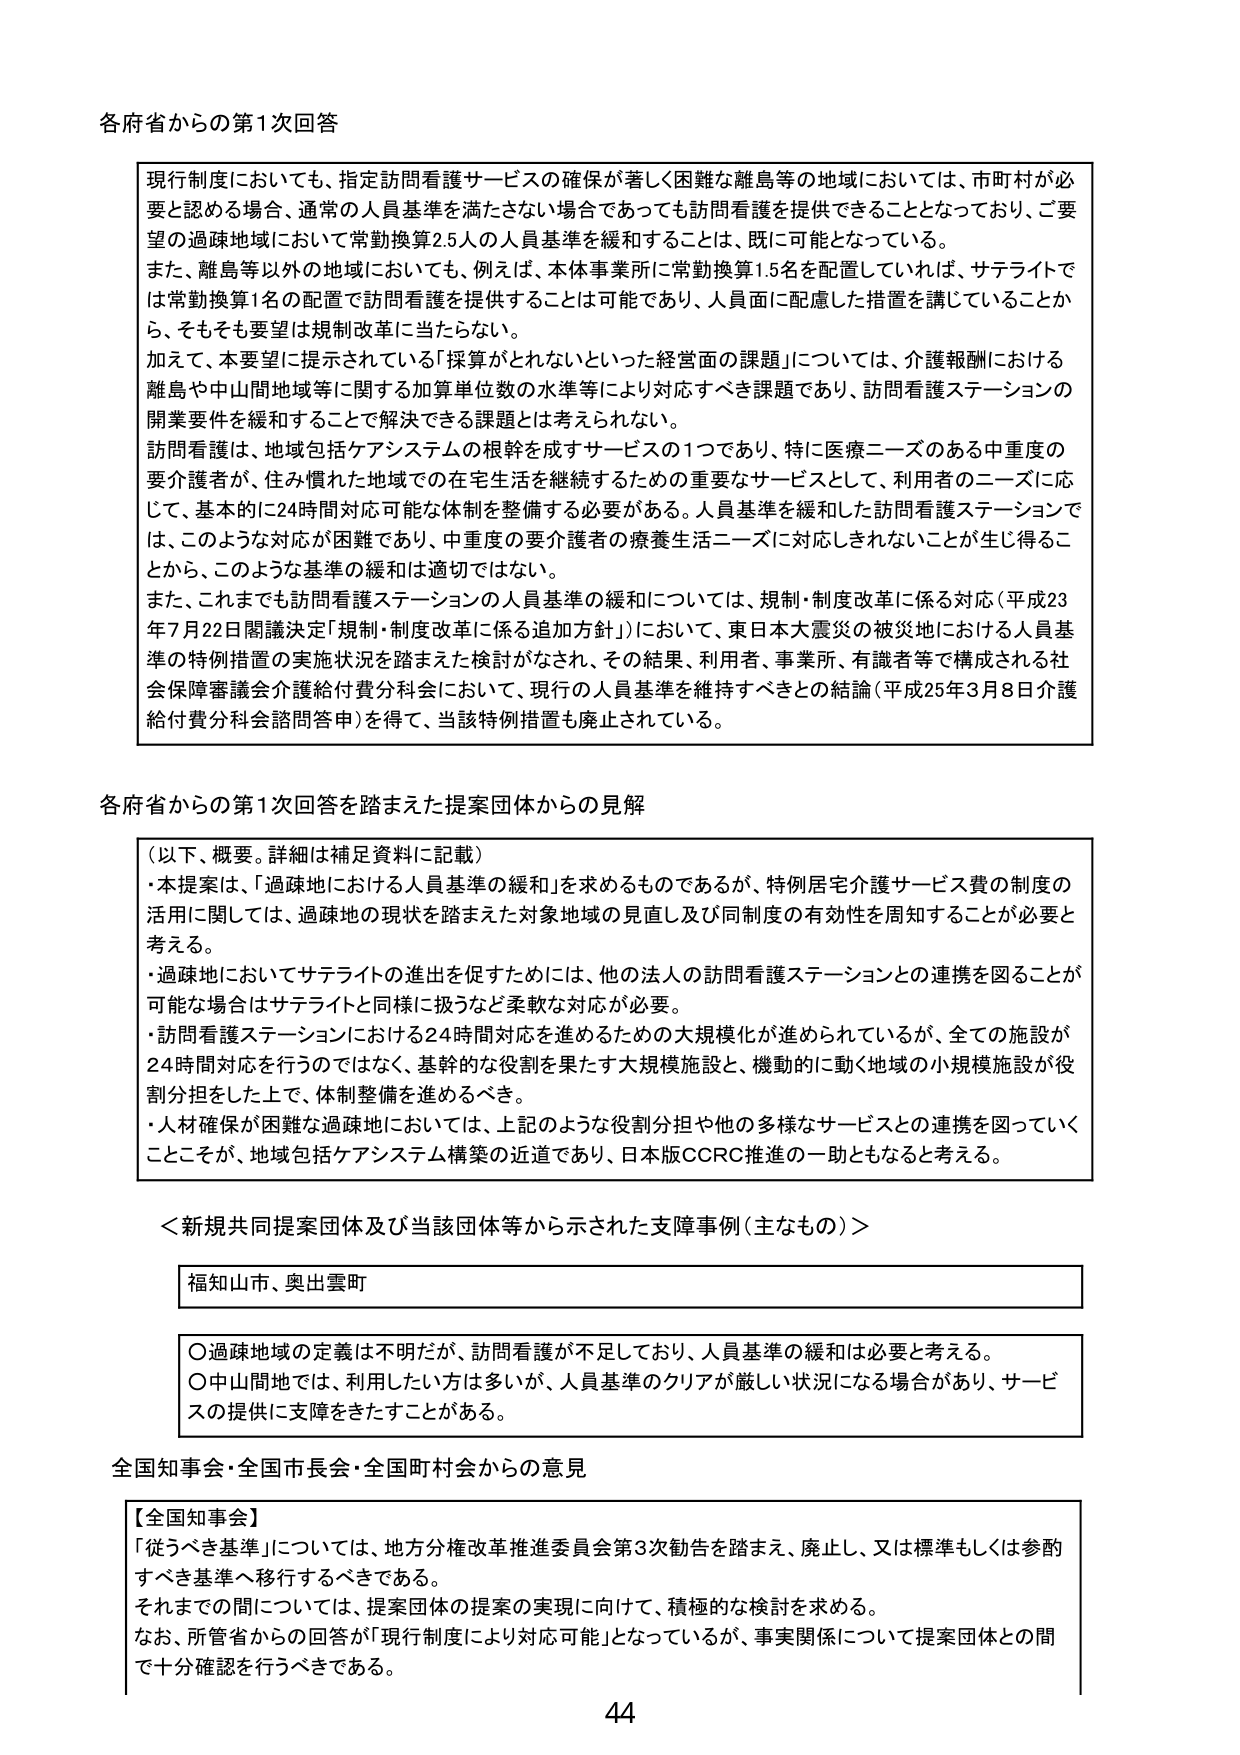
各府省からの第1次回答

現行制度においても、指定訪問看護サービスの確保が著しく困難な離島等の地域においては、市町村が必要と認める場合、通常の人員基準を満たさない場合であっても訪問看護を提供できることとなっており、ご要望の過疎地域において常勤換算2.5人の人員基準を緩和することは、既に可能となっている。
また、離島等以外の地域においても、例えば、本体事業所に常勤換算1.5名を配置していれば、サテライトでは常勤換算1名の配置で訪問看護を提供することは可能であり、人員面に配慮した措置を講じていることから、そもそも要望は規制改革に当たらない。
加えて、本要望に提示されている「採算がとれないといった経営面の課題」については、介護報酬における離島や中山間地域等に関する加算単位数の水準等により対応すべき課題であり、訪問看護ステーションの開業要件を緩和することで解決できる課題とは考えられない。
訪問看護は、地域包括ケアシステムの根幹を成すサービスの1つであり、特に医療ニーズのある中重度の要介護者が、住み慣れた地域での在宅生活を継続するための重要なサービスとして、利用者のニーズに応じて、基本的な24時間対応可能な体制を整備する必要がある。人員基準を緩和した訪問看護ステーションでは、このような対応が困難であり、中重度の要介護者の療養生活ニーズに対応しきれないことが生じ得ることから、このような基準の緩和は適切ではない。
また、これまでも訪問看護ステーションの人員基準の緩和については、規制・制度改革に係る対応（平成23年7月22日閣議決定「規制・制度改革に係る追加方針」）において、東日本大震災の被災地における人員基準の特例措置の実施状況を踏まえた検討がなされ、その結果、利用者、事業所、有識者等で構成される社会保障審議会介護給付費分科会において、現行の人員基準を維持すべきとの結論（平成25年3月8日介護給付費分科会諮問答申）を得て、当該特例措置も廃止されている。

各府省からの第1次回答を踏まえた提案団体からの見解

（以下、概要。詳細は補足資料に記載）
・本提案は、「過疎地における人員基準の緩和」を求めるものであるが、特例居宅介護サービス費の制度の活用に関しては、過疎地の現状を踏まえた対象地域の見直し及び同制度の有効性を周知することが必要と考える。
・過疎地においてサテライトの進出を促すためには、他の法人の訪問看護ステーションとの連携を図ることが可能な場合はサテライトと同様に扱うなど柔軟な対応が必要。
・訪問看護ステーションにおける24時間対応を進めるための大規模化が進められているが、全ての施設が24時間対応を行うのではなく、基幹的な役割を果たす大規模施設と、機動的に動く地域の小規模施設が役割分担をした上で、体制整備を進めるべき。
・人材確保が困難な過疎地においては、上記のような役割分担や他の多様なサービスとの連携を図っていくことが、地域包括ケアシステム構築の近道であり、日本版CCRC推進の一助ともなると考える。

＜新規共同提案団体及び当該団体等から示された支援事例（主なもの）＞

福知山市、奥出雲町

○過疎地域の定義は不明だが、訪問看護が不足しており、人員基準の緩和は必要と考える。
○中山間地では、利用したい方は多いが、人員基準のクリアが厳しい状況になる場合があり、サービスの提供に支障をきたすことがある。

全国知事会・全国市長会・全国町村会からの意見

【全国知事会】
「従うべき基準」については、地方分権改革推進委員会第3次勧告を踏まえ、廃止し、又は標準もしくは参酌すべき基準へ移行するべきである。
それまでの間については、提案団体の提案の実現に向けて、積極的な検討を求める。
なお、所管省からの回答が「現行制度により対応可能」となっているが、事実関係について提案団体との間で十分確認を行うべきである。

44